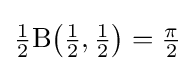
{\tfrac {1}{2}}\mathrm {B} {\bigl (}{\tfrac {1}{2}},{\tfrac {1}{2}}{\bigr )}={\tfrac {\pi }{2}}